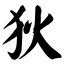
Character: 狄